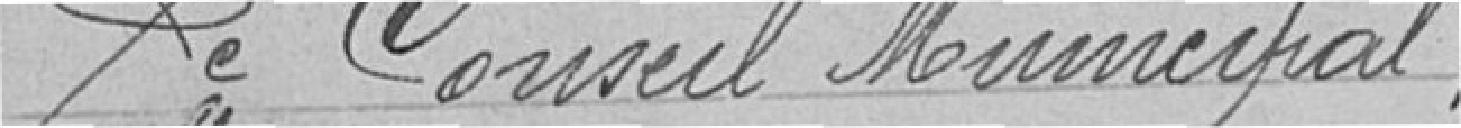
Le Conseil municipal